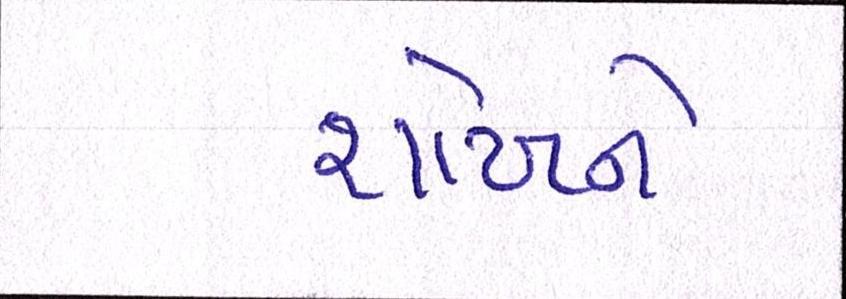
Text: શોખને